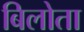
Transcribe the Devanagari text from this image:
बिलोता